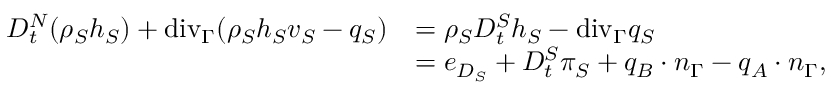
\begin{array} { r l } { D _ { t } ^ { N } ( \rho _ { S } h _ { S } ) + \mathrm { { d i v } } _ { \Gamma } ( \rho _ { S } h _ { S } v _ { S } - q _ { S } ) } & { = \rho _ { S } D _ { t } ^ { S } h _ { S } - { \mathrm { d i v } } _ { \Gamma } q _ { S } } \\ & { = e _ { D _ { S } } + D _ { t } ^ { S } \pi _ { S } + q _ { B } \cdot n _ { \Gamma } - q _ { A } \cdot n _ { \Gamma } , } \end{array}